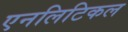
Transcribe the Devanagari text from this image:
एनलिटिकल